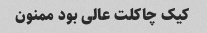
کیک چاکلت عالی بود ممنون